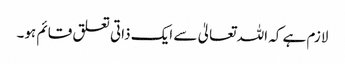
لازم ہے کہ اللہ تعالیٰ سے ایک ذاتی تعلق قائم ہو۔